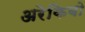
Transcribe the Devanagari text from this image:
अरेकिबो